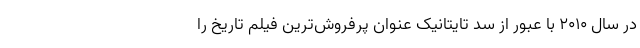
در سال ۲۰۱۰ با عبور از سد تایتانیک عنوان پرفروش‌ترین فیلم تاریخ را